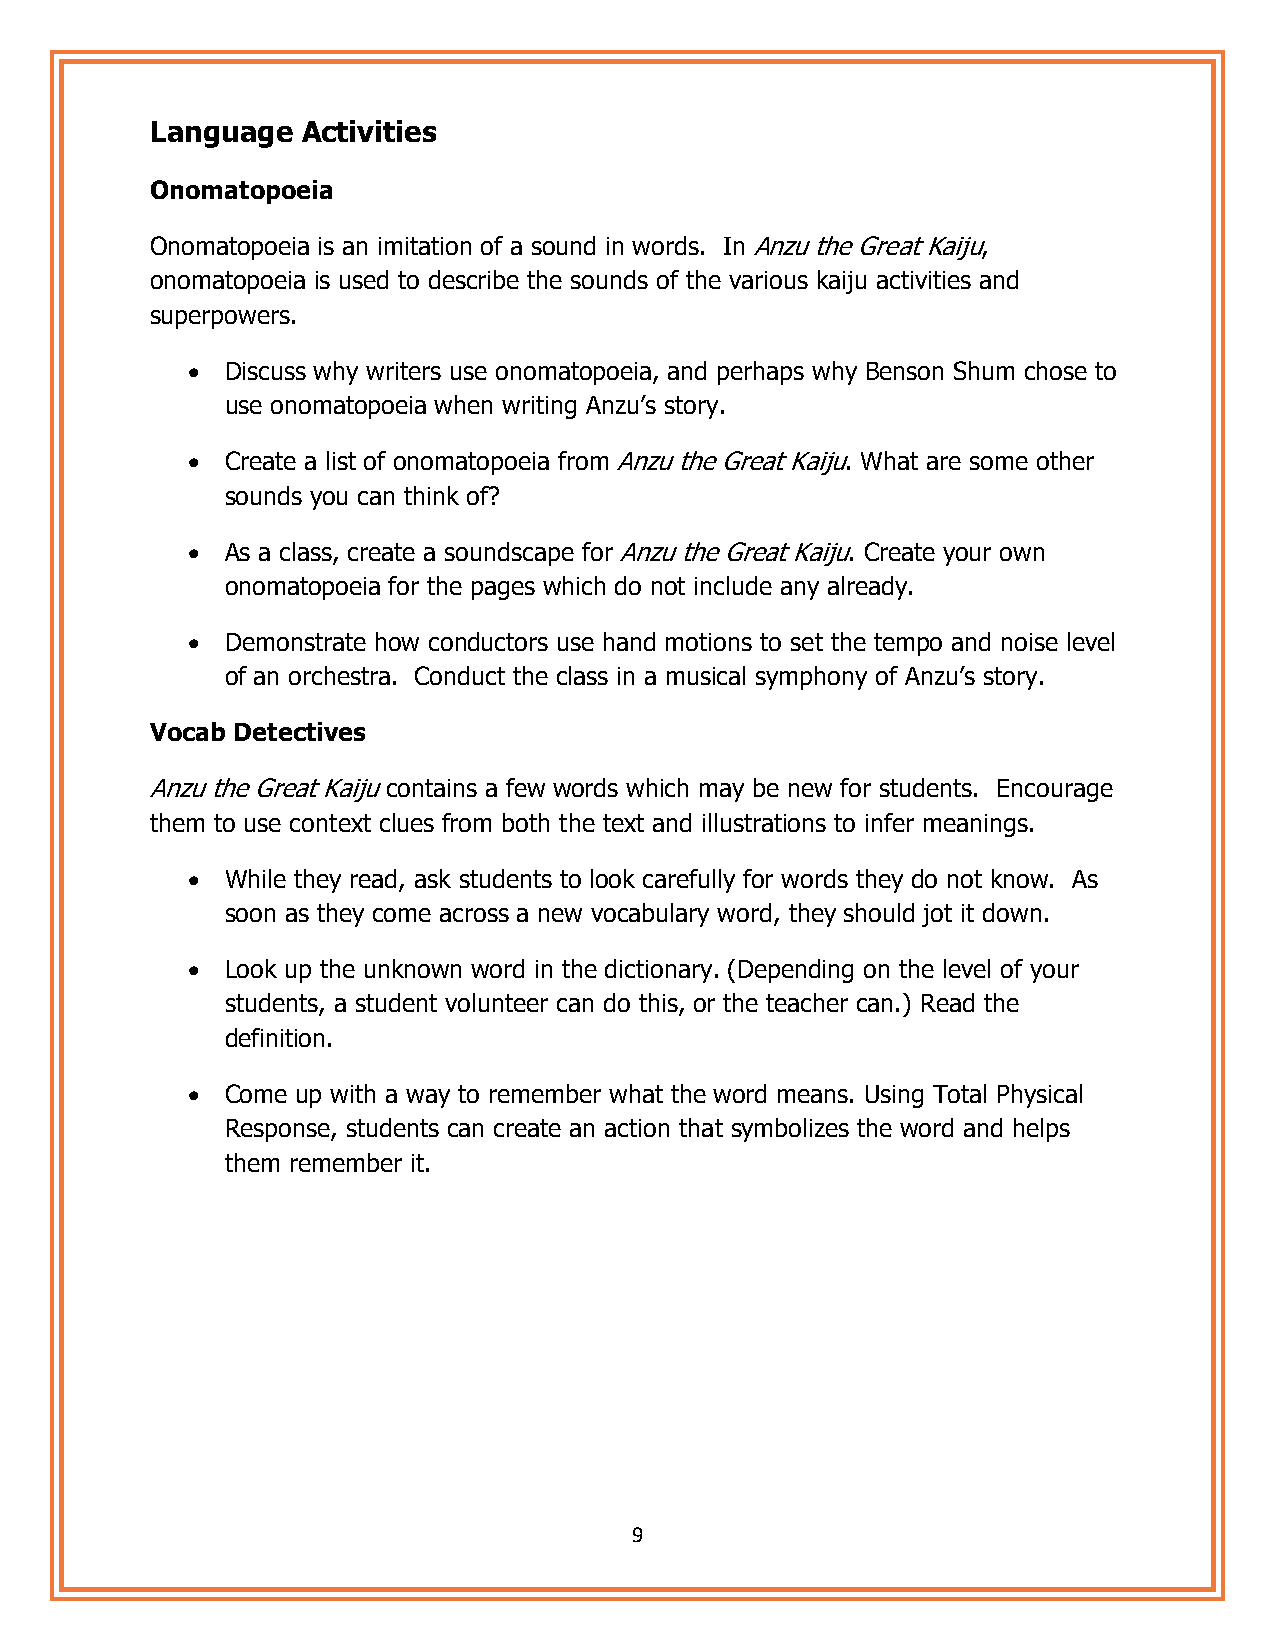
Language  Activities
 Onomatopoeia
 Onomatopoeia is an imitation of a sound in words. In Anzu the Great Kaiju,
 onomatopoeia is used to describe the sounds of the various kaiju activities and
 superpowers.
 •  Discuss why writers use onomatopoeia, and perhaps why Benson Shum chose to
 use onomatopoeia when writing Anzu’s story.
 •  Create a list of onomatopoeia from Anzu the Great Kaiju. What are some other
 sounds you can think of?
 •  As a class, create a soundscape for Anzu the Great Kaiju. Create your own
 onomatopoeia for the pages which do not include any already.
 •  Demonstrate how conductors use hand motions to set the tempo and noise level
 of an orchestra. Conduct the class in a musical symphony of Anzu’s story.
 Vocab Detectives
 Anzu the Great Kaiju contains a few words which may be new for students. Encourage
 them to use context clues from both the text and illustrations to infer meanings.
 •  While they read, ask students to look carefully for words they do not know. As
 soon as they come across a new vocabulary word, they should jot it down.
 •  Look up the unknown word in the dictionary. (Depending on the level of your
 students, a student volunteer can do this, or the teacher can.) Read the
 definition.
 •  Come up with a way to remember what the word means. Using Total Physical
 Response, students can create an action that symbolizes the word and helps
 them remember it.
 9